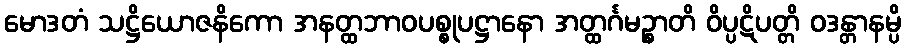
မောဒတံ သဋ္ဌိယောဇနိကော အနတ္ထဘာဝပစ္စုပဋ္ဌာနော အတ္ထင်္ဂမဉ္စာတိ ဝိပ္ပဋိပတ္တိ ဝဒန္တာနမ္ပိ